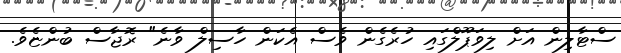
ސްޓާލިން އަށް ލިވަޕޫލްގައި ހުރެގެން ވެސް އެކަން ހާސިލް ވާނެ" ރޮޖާސް ބުންޏެވެ.